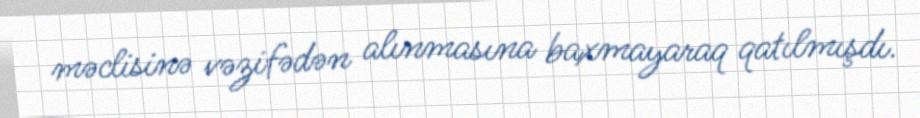
məclisinə vəzifədən alınmasına baxmayaraq qatılmışdı.